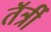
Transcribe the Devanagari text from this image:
तॅर्त्री